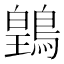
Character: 䳨